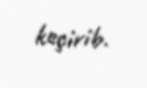
keçirib.